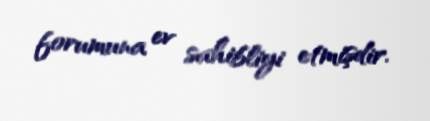
forumuna ev sahibliyi etmişdir.